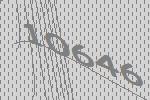
10646